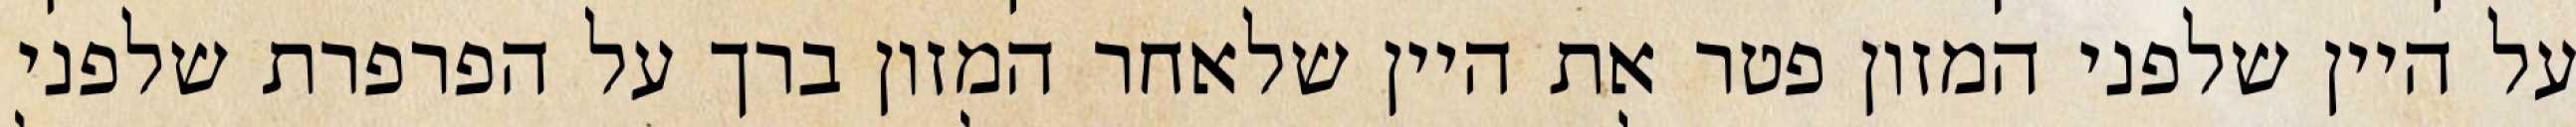
על היין שלפני המזון פטר את היין שלאחר המזון ברך על הפרפרת שלפני